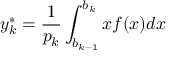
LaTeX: y _ { k } ^ { * } = { \frac { 1 } { p _ { k } } } \int _ { b _ { k - 1 } } ^ { b _ { k } } x f ( x ) d x